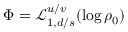
\Phi = \mathcal { L } _ { 1 , d / s } ^ { u / v } ( \log \rho _ { 0 } )